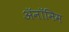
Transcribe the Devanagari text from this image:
ॲनॉनिम